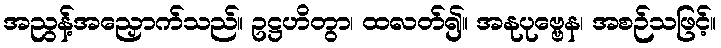
အညွန့်အညှောက်သည်။ ဥဋ္ဌဟိတွာ၊ ထလတ်၍။ အနုပုဗ္ဗေန၊ အစဉ်သဖြင့်။